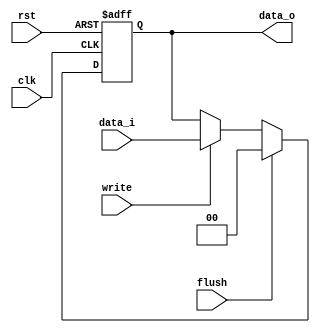
module PipeReg #(
    parameter size = 0
)
(
    input clk,
    input rst,
    input flush,
    input write,
    input signed [size-1:0] data_i,
    output reg signed [size-1:0] data_o
);

    always@(posedge clk, negedge rst)begin
        if(~rst)
            data_o <= 0;
        else
            if(flush)
                data_o <= 0;
            else begin
                if(write)
                    data_o <= data_i;
                else
                    data_o <= data_o;
            end

    end

endmodule